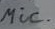
Text: mic